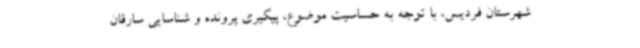
شهرستان فردیس، با توجه به حساسیت موضوع، پیگیری پرونده و شناسایی سارقان